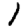
Digit: 1